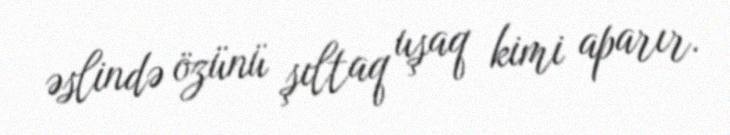
əslində özünü şıltaq uşaq kimi aparır.